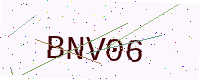
Text: BNV06